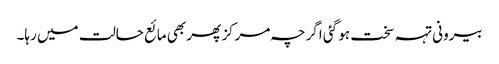
بیرونی تہہ سخت ہو گئی اگرچہ مرکز پھر بھی مائع حالت میں رہا۔